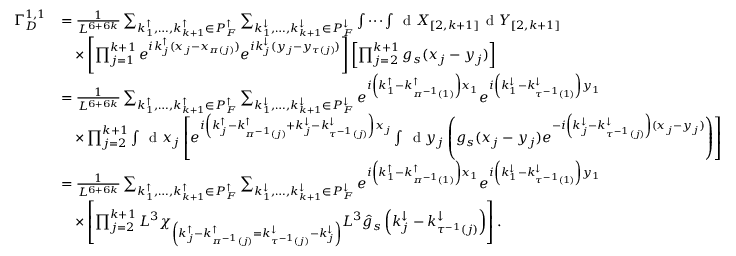
\begin{array} { r l } { \Gamma _ { D } ^ { 1 , 1 } } & { = \frac { 1 } { L ^ { 6 + 6 k } } \sum _ { k _ { 1 } ^ { \uparrow } , \ldots , k _ { k + 1 } ^ { \uparrow } \in P _ { F } ^ { \uparrow } } \sum _ { k _ { 1 } ^ { \downarrow } , \ldots , k _ { k + 1 } ^ { \downarrow } \in P _ { F } ^ { \downarrow } } \idotsint \, \textnormal { d } X _ { [ 2 , k + 1 ] } \, \textnormal { d } Y _ { [ 2 , k + 1 ] } } \\ & { \quad \times \left[ \prod _ { j = 1 } ^ { k + 1 } e ^ { i k _ { j } ^ { \uparrow } ( x _ { j } - x _ { \pi ( j ) } ) } e ^ { i k _ { j } ^ { \downarrow } ( y _ { j } - y _ { \tau ( j ) } ) } \right] \left[ \prod _ { j = 2 } ^ { k + 1 } g _ { s } ( x _ { j } - y _ { j } ) \right] } \\ & { = \frac { 1 } { L ^ { 6 + 6 k } } \sum _ { k _ { 1 } ^ { \uparrow } , \ldots , k _ { k + 1 } ^ { \uparrow } \in P _ { F } ^ { \uparrow } } \sum _ { k _ { 1 } ^ { \downarrow } , \ldots , k _ { k + 1 } ^ { \downarrow } \in P _ { F } ^ { \downarrow } } e ^ { i \left( k _ { 1 } ^ { \uparrow } - k _ { \pi ^ { - 1 } ( 1 ) } ^ { \uparrow } \right) x _ { 1 } } e ^ { i \left( k _ { 1 } ^ { \downarrow } - k _ { \tau ^ { - 1 } ( 1 ) } ^ { \downarrow } \right) y _ { 1 } } } \\ & { \quad \times \prod _ { j = 2 } ^ { k + 1 } \int \, \textnormal { d } x _ { j } \left[ e ^ { i \left( k _ { j } ^ { \uparrow } - k _ { \pi ^ { - 1 } ( j ) } ^ { \uparrow } + k _ { j } ^ { \downarrow } - k _ { \tau ^ { - 1 } ( j ) } ^ { \downarrow } \right) x _ { j } } \int \, \textnormal { d } y _ { j } \left( g _ { s } ( x _ { j } - y _ { j } ) e ^ { - i \left( k _ { j } ^ { \downarrow } - k _ { \tau ^ { - 1 } ( j ) } ^ { \downarrow } \right) ( x _ { j } - y _ { j } ) } \right) \right] } \\ & { = \frac { 1 } { L ^ { 6 + 6 k } } \sum _ { k _ { 1 } ^ { \uparrow } , \ldots , k _ { k + 1 } ^ { \uparrow } \in P _ { F } ^ { \uparrow } } \sum _ { k _ { 1 } ^ { \downarrow } , \ldots , k _ { k + 1 } ^ { \downarrow } \in P _ { F } ^ { \downarrow } } e ^ { i \left( k _ { 1 } ^ { \uparrow } - k _ { \pi ^ { - 1 } ( 1 ) } ^ { \uparrow } \right) x _ { 1 } } e ^ { i \left( k _ { 1 } ^ { \downarrow } - k _ { \tau ^ { - 1 } ( 1 ) } ^ { \downarrow } \right) y _ { 1 } } } \\ & { \quad \times \left[ \prod _ { j = 2 } ^ { k + 1 } L ^ { 3 } \chi _ { \left( k _ { j } ^ { \uparrow } - k _ { \pi ^ { - 1 } ( j ) } ^ { \uparrow } = k _ { \tau ^ { - 1 } ( j ) } ^ { \downarrow } - k _ { j } ^ { \downarrow } \right) } L ^ { 3 } \hat { g } _ { s } \left( k _ { j } ^ { \downarrow } - k _ { \tau ^ { - 1 } ( j ) } ^ { \downarrow } \right) \right] . } \end{array}